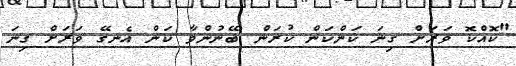
"ކޮއްކޮ ވަރަށް ގިނަ ކަންކަން ކުރަން ބޭނުންވާ ކަން އެނގޭ ވަރަށް ގިނަ